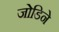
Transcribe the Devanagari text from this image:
जोडिने